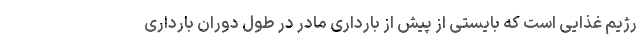
رژیم غذایی است که بایستی از پیش از بارداری مادر در طول دوران بارداری